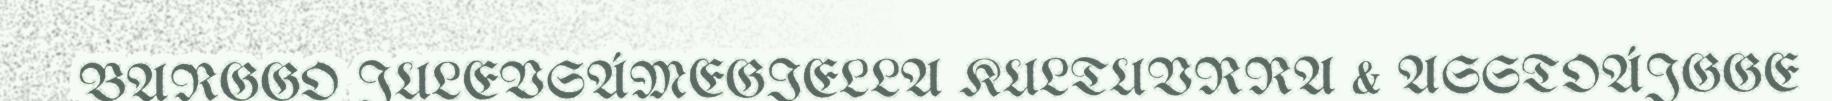
BARGGO JULEVSÁMEGIELLA KULTUVRRA & ASSTOÁJGGE